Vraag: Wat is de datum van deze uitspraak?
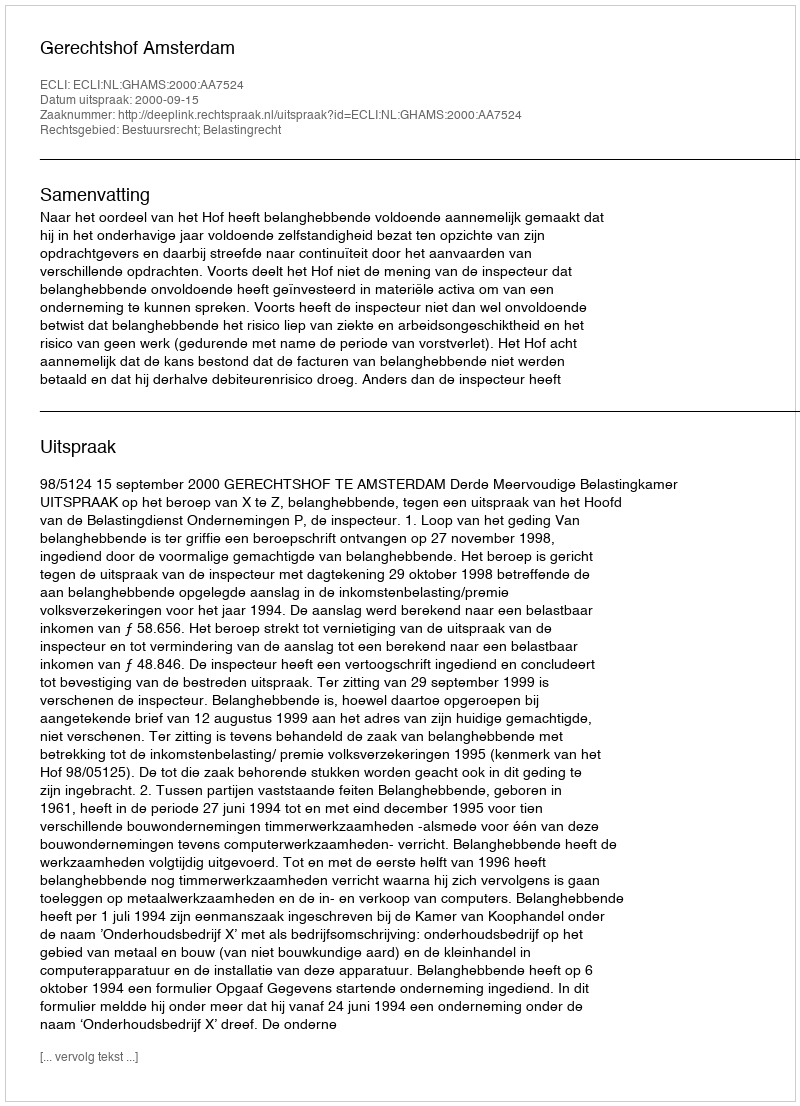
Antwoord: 2000-09-15